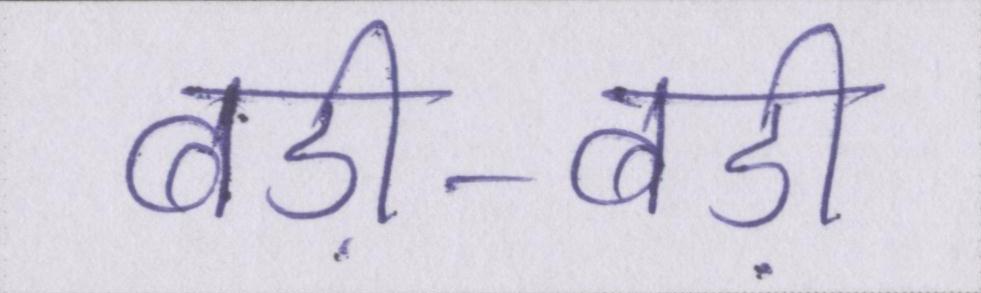
बड़ी-बड़ी